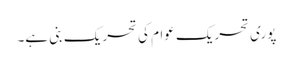
پوری تحریک عوام کی تحریک بنی ہے۔